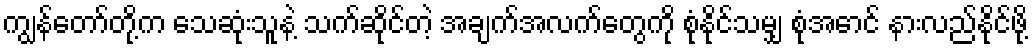
ကျွန်တော်တို့က သေဆုံးသူနဲ့ သက်ဆိုင်တဲ့ အချက်အလက်တွေကို စုံနိုင်သမျှ စုံအောင် နားလည်နိုင်ဖို့